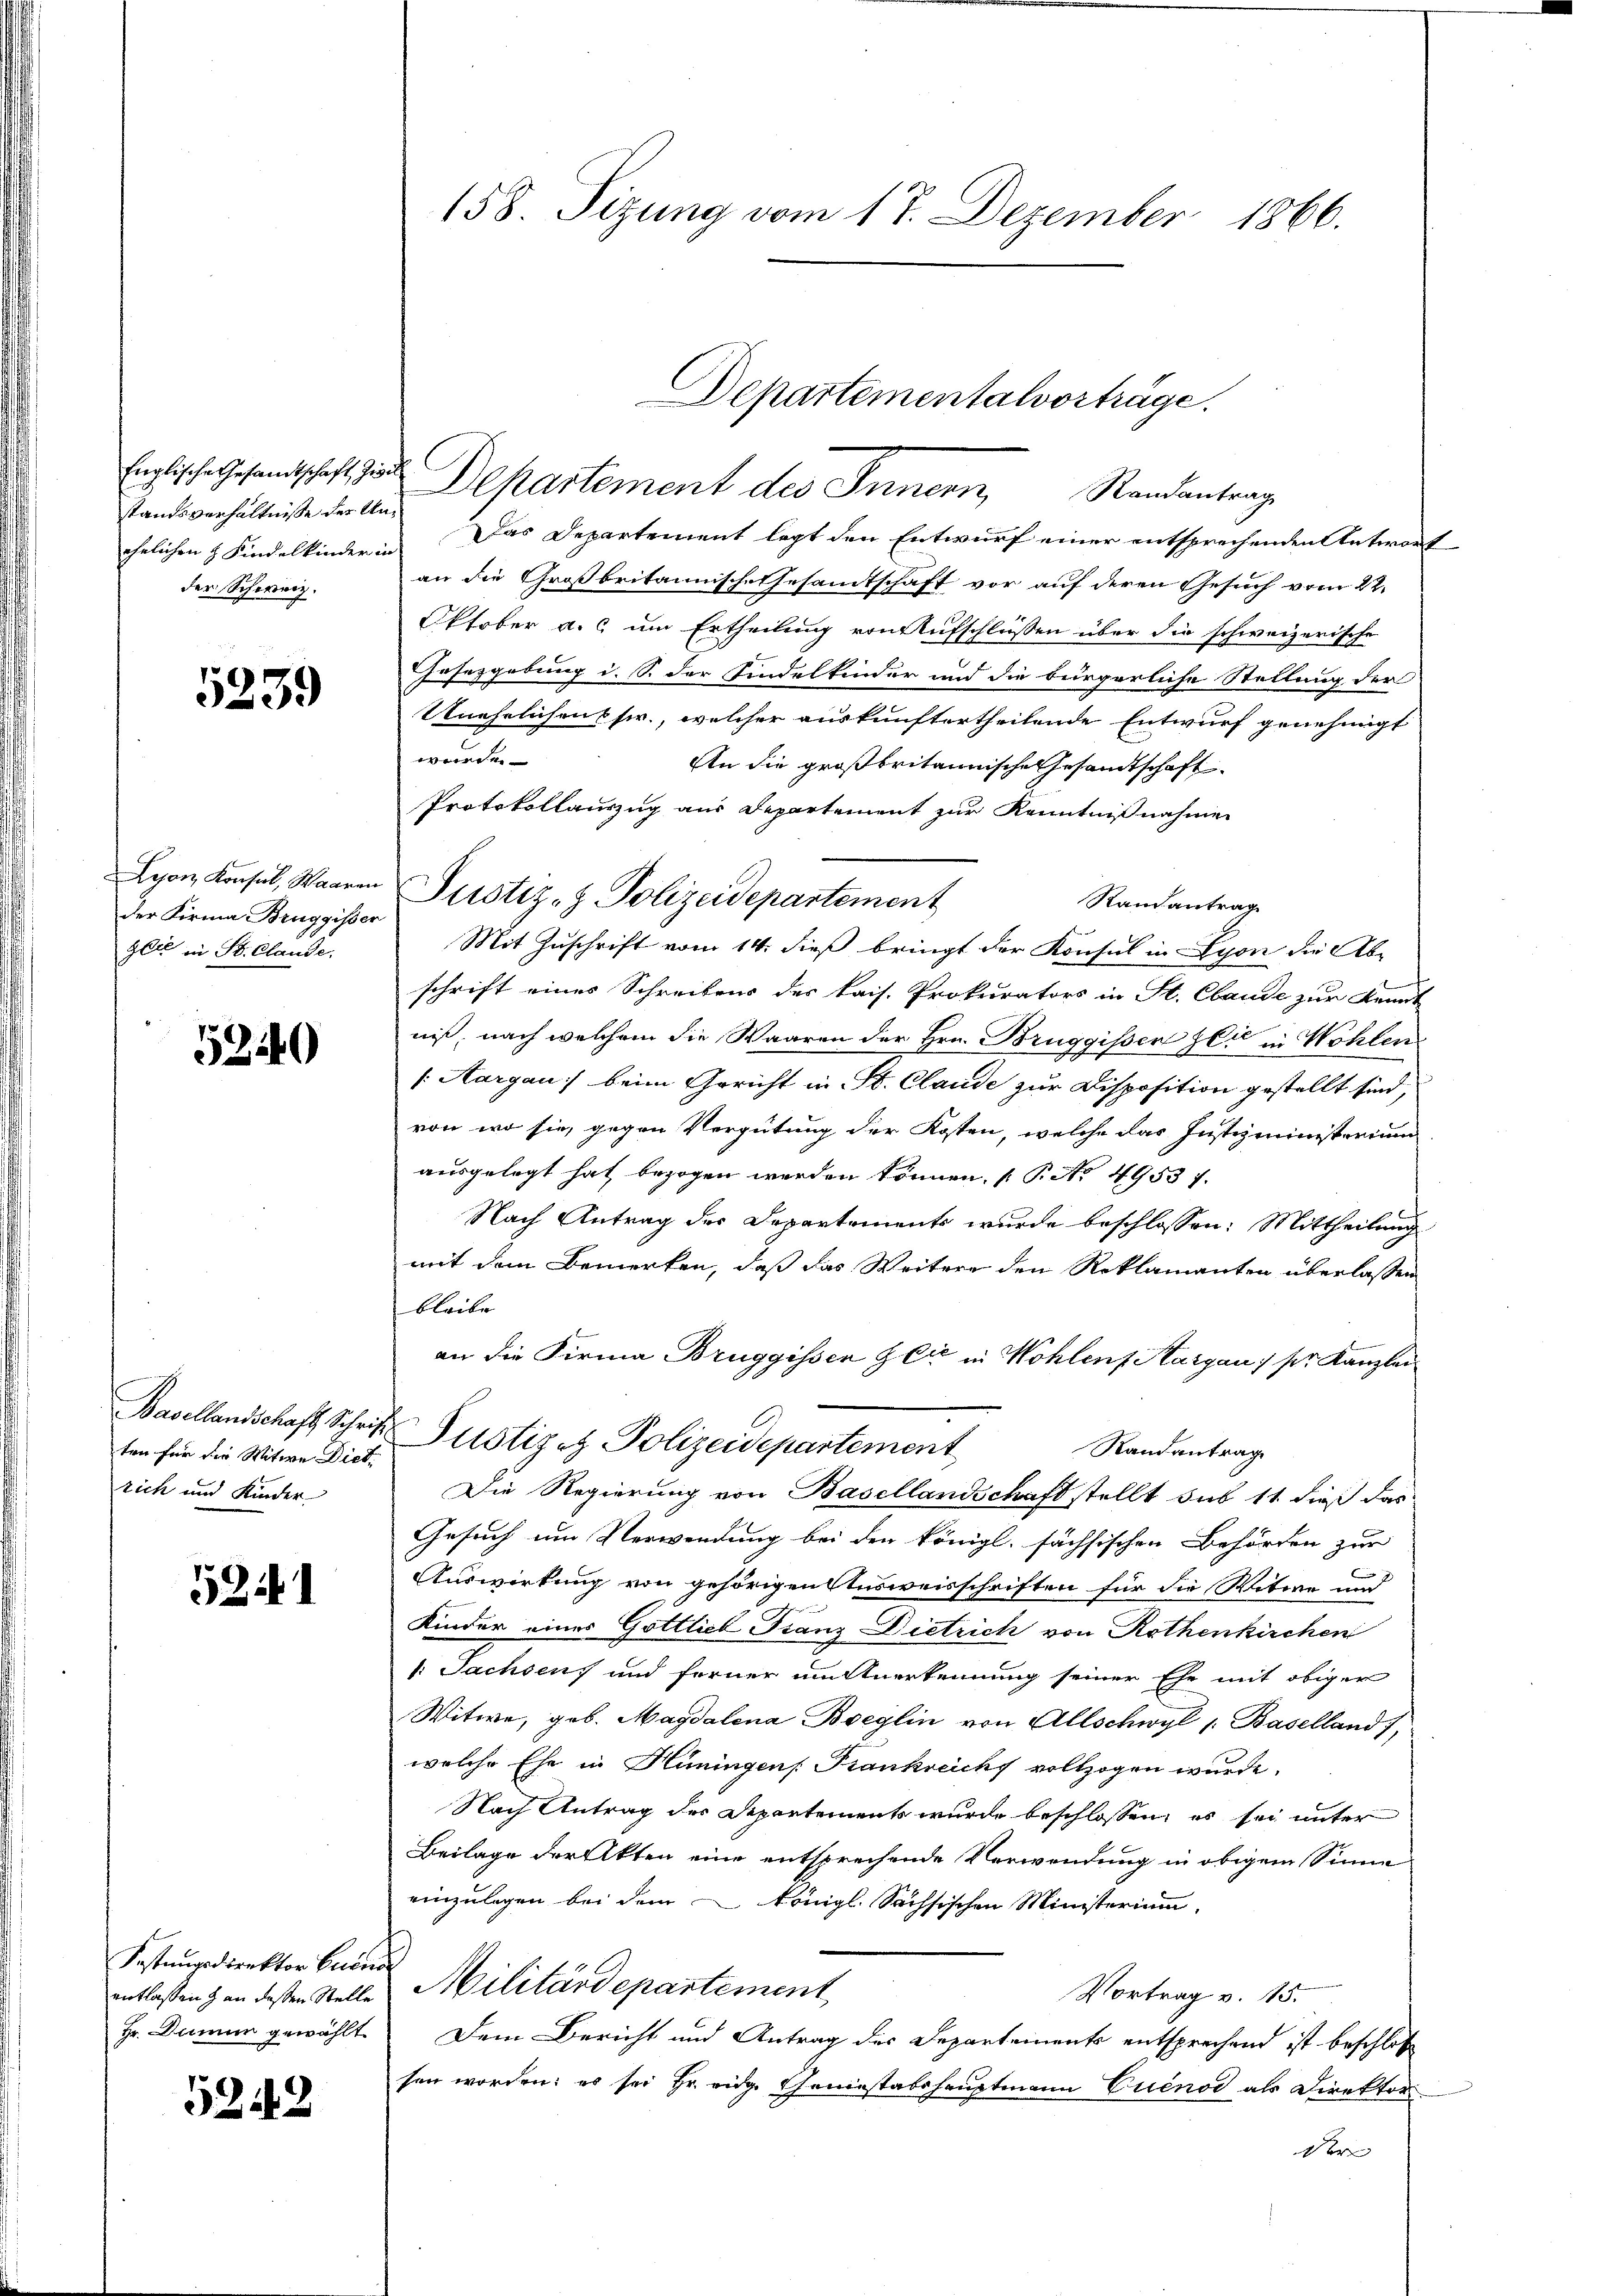
standsverhältnisse der Under Schweiz.

1239

der Firma Bruggisser
zli in St. Claude.

5240

ten für die Witwe Dict.
rich und Kinder

5241

Festungsdirektor Luino
Hr. Damin gewählt.

5242

Englische Gesandtschaft zu Departement des Innern, Randantrag
ehelichen & Kindelkinder in Das Departement legt den Entwurf einer entsprechenden Antwort
an die Großbritannisch-Gesamtschaft vor auf deren Gesuch vom 22.
Oktober a. s um Ertheilung von Aufschlüssen über die schweizerische
Gesetzgebung i. S. der Findelkinder und die bürgerliche Stellung der
Unehelichens sr., welcher auskunftertheilende Entwurf genehmigt
würde.
An die großbritannische Gesandtschaft
Protokollauszug aus Departement zur Kenntnißnahmen
Lyon Konsul, Waaren Justiz- & Polizeidepartement
Randantrag
Mit Zuschrift vom 14. dieß bringt der Konsul in Lyon die Abschrift eines Schreibens des kais. Prokurators in St. Cbaude zur Kennt
niß, nach welchem die Waaren der Hrn. Bruggissen Zeit in Wohlen
[:Aargau: beim Gericht in St. Claude zur Disposition gestellt sind,
von wo sie, gegen Vergütung der Kosten, welche das Justizministerium
ausgelegt hat bezogen werden können. (T. No. 49537.
Nach Antrag des Departements wurde beschlossen: Mittheilung
mit dem Bemerken, daß das Weitere den Reklamanten überlassen
bleibe
an die Firma Bruggissen & Cie in Wohlens Aargau: pr. Kanzlei
Basellandschaft Schrift Pustiz & Polizeidepartement,
Randantrag
Die Regierung von Basellandschaft stellt sub 11 dieß das
Gesuch um Verwendung bei den königl. sächsischen Behörden zur
Auswirkung von gehörigen Ausweisschriften für die Witwe und
Kinder eines Gottlieb Franz Dietrich von Rothenkirchen
/: Sachsen, und ferner um Anerkennung seiner Ehe mit obiger
Witwe, geb. Magdalena Boeglin von Allschwyl 1. Baselland,
welche Ehe in Hüningen Frankreichs vollzogen wurde.
Nach Antrag der Departements wurde beschlossen, es sei unter
Beilage der Akten eine entsprechende Verwendung in obigem Sinne
einzulegen bei dem Königl. Sächsischen Ministerium,
entlassen & an dassen Stelle Militärdepartement
Vortrag v. 15.
Dem Bericht und Antrag des Departements entsprechend ist beschloß
sen worden: es sei Hr. eidg. Geniesstabshauptmann Euenod als Direktor

158. Sizung vom 17. Dezember 1866.

Departementalvorträge.